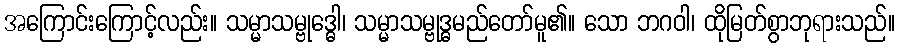
အကြောင်းကြောင့်လည်း။ သမ္မာသမ္ဗုဒ္ဓေါ၊ သမ္မာသမ္ဗုဒ္ဓမည်တော်မူ၏။ သော ဘဂဝါ၊ ထိုမြတ်စွာဘုရားသည်။